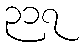
၃၁၇